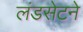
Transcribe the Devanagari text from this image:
लंडसेटने